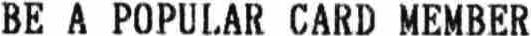
BE A POPULAR CARD MEMBER